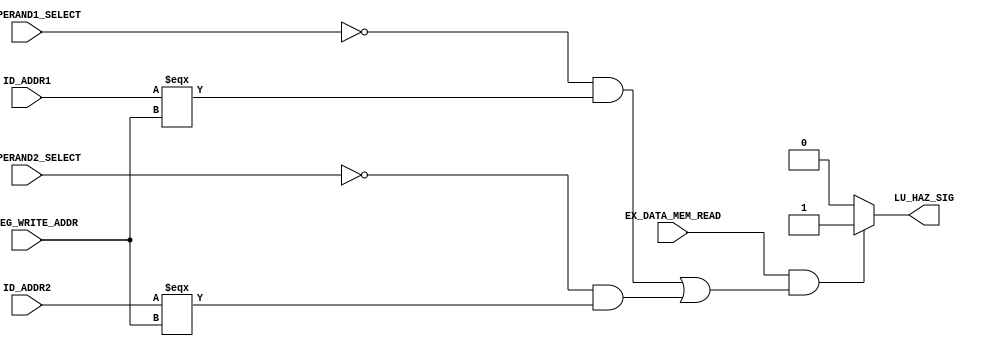
`timescale 1ns/100ps

/* Detects the existence of a load-use data hazard (Hazards
   that occur when a LOAD instruction is followed by an instruction
   that uses the loaded value). This unit asserts the LU_HAZ_SIG line
   when a hazard is detected so that a NOP bubble can be added.
*/
module hazard_detection_unit (
    ID_ADDR1, ID_ADDR2,
    ID_OPERAND1_SELECT, ID_OPERAND2_SELECT,
    EX_REG_WRITE_ADDR, EX_DATA_MEM_READ,
    LU_HAZ_SIG
);
    
    input [4:0] ID_ADDR1, ID_ADDR2, EX_REG_WRITE_ADDR;
    input ID_OPERAND1_SELECT, ID_OPERAND2_SELECT, EX_DATA_MEM_READ;
    output reg LU_HAZ_SIG;

    always @ (*)
    begin
        if (EX_DATA_MEM_READ && (       // Instruction in EX stage must be a memory read
            (!ID_OPERAND1_SELECT && (ID_ADDR1 === EX_REG_WRITE_ADDR)) ||    // Check if instruction in ID uses loaded value as OP1
            (!ID_OPERAND2_SELECT && (ID_ADDR2 === EX_REG_WRITE_ADDR))       // Check if instruction in ID uses loaded value as OP2
        ))
            LU_HAZ_SIG = 1'b1;
        else
            LU_HAZ_SIG = 1'b0;
    end

endmodule